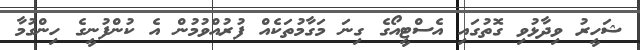
ޝަހީރު ވިދާޅުވި ގޮތުގައި އެސްޓީއޯގެ ގިނަ މަގާމުތަކެއް ފުރުއްވުމުން އެ ކުންފުނީގެ ހިންގުމާ